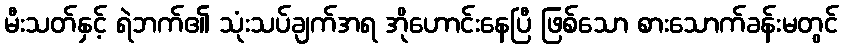
မီးသတ်နှင့် ရဲဘက်၏ သုံးသပ်ချက်အရ အိုဟောင်းနေပြီ ဖြစ်သော စားသောက်ခန်းမတွင်